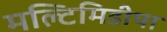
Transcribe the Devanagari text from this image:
मल्टिमिडीया